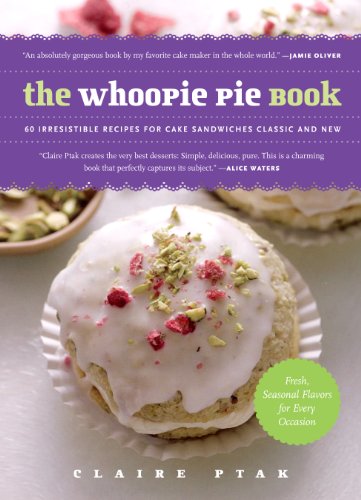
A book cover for The Whoopie Pie Book: 60 Irresistible Recipes for Cake Sandwiches Classic and New; Claire Ptak; Cookbooks, Food & Wine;